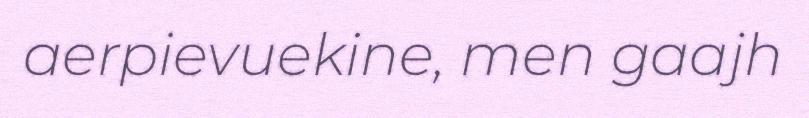
aerpievuekine, men gaajh